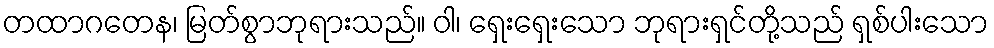
တထာဂတေန၊ မြတ်စွာဘုရားသည်။ ဝါ၊ ရှေးရှေးသော ဘုရားရှင်တို့သည် ရှစ်ပါးသော